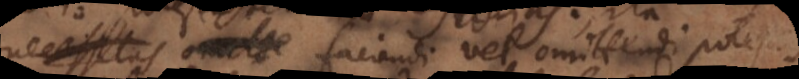
necessitas omitte faciendi vel omittendi potestas